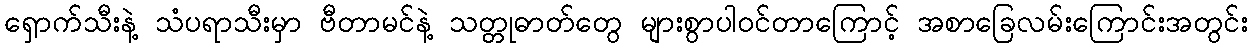
ရှောက်သီးနဲ့ သံပရာသီးမှာ ဗီတာမင်နဲ့ သတ္တုဓာတ်တွေ များစွာပါဝင်တာကြောင့် အစာခြေလမ်းကြောင်းအတွင်း